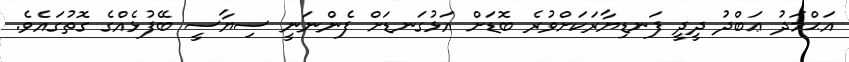
އަޙްމަދު ޢަބްދު ދީދީ ފަނޑިޔާރަކަށްވުރެ ބޮޑަށް އަޅުގަނޑަށް ފެންނަނީ ސިޔާސީ ބޭފުޅެއްގެ ގޮތުގައެވެ.